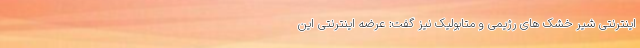
اینترنتی شیر خشک های رژیمی و متابولیک نیز گفت: عرضه اینترنتی این